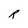
Character: R